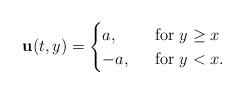
LaTeX: \begin{align*}{\bf u}(t,y)=\begin{cases} a, &\; \mbox{ for } y \geq x \\ -a, &\; \mbox{ for } y < x. \end{cases}\end{align*}